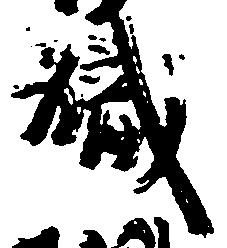
職